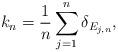
LaTeX: \begin{align*}k_n=\frac{1}{n} \sum_{j=1}^n \delta_{E_{j,n}},\end{align*}